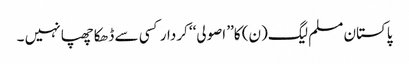
پاکستان مسلم لیگ(ن) کا’’ اصولی‘‘ کردار کسی سے ڈھکا چھپا نہیں ۔